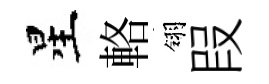
星輅翎叚